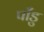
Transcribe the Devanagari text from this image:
पाँडु